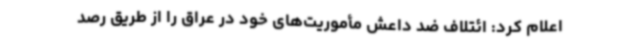
اعلام کرد: ائتلاف ضد داعش مأموریت‌های خود در عراق را از طریق رصد